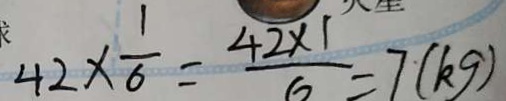
4 2 \times \frac { 1 } { 6 } = \frac { 4 2 \times 1 } { 6 } = 7 ( k g )